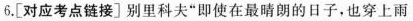
6.[对应考点链接]别里科夫”即使在最晴朗的日子，也穿上雨